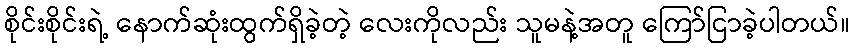
စိုင်းစိုင်းရဲ့ နောက်ဆုံးထွက်ရှိခဲ့တဲ့ လေးကိုလည်း သူမနဲ့အတူ ကြော်ငြာခဲ့ပါတယ်။